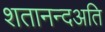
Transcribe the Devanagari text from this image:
शतानन्दअति